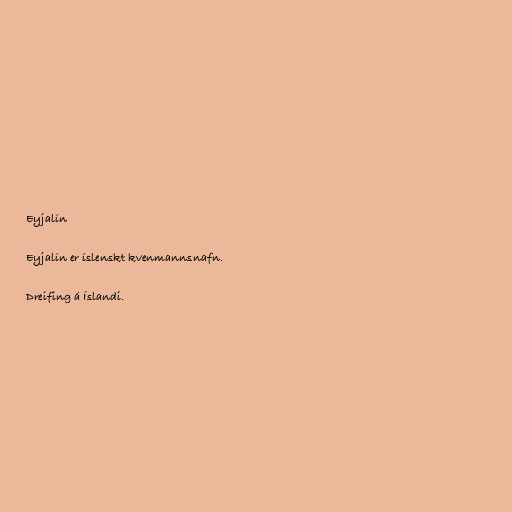
Eyjalín

Eyjalín er íslenskt kvenmannsnafn.

Dreifing á Íslandi.